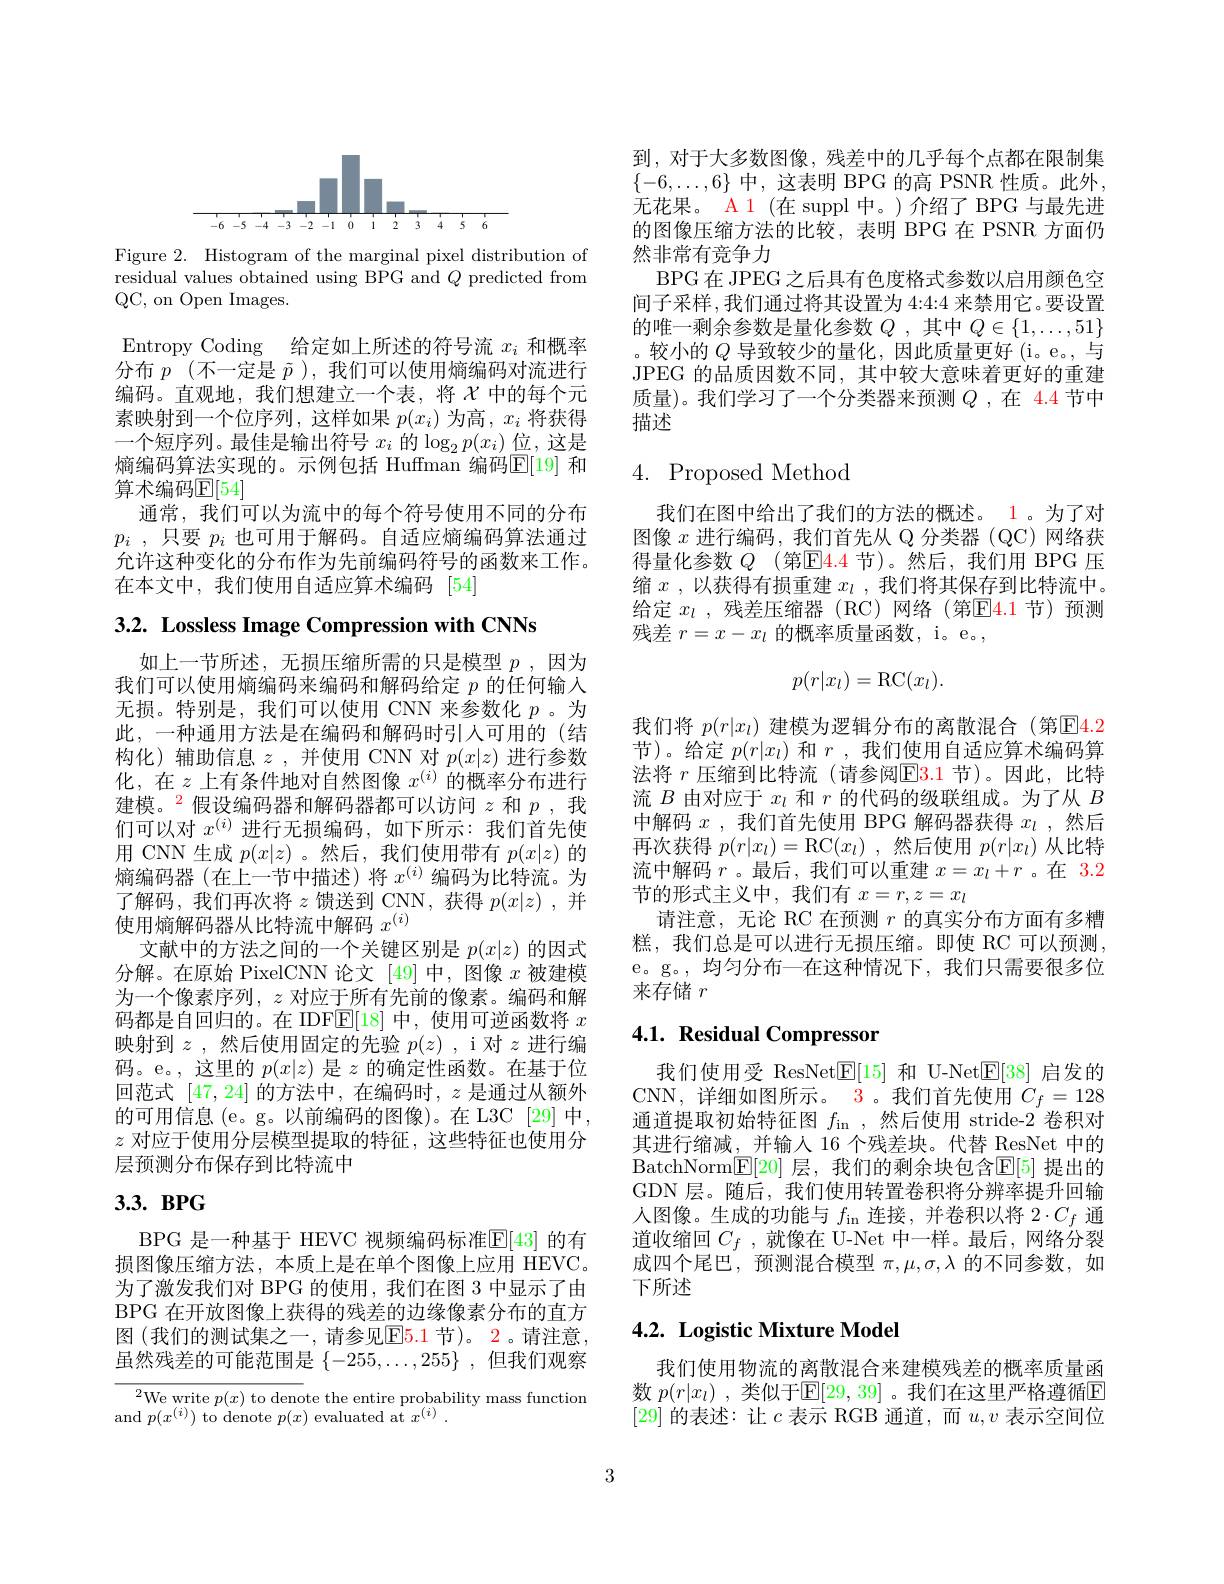
<FigureHere>

Figure 2. Histogram of the marginal pixel distribution of $\bar{\text{residual values obtained using BPG and}Q}$ predicted from QC, on Open Images.

Entropy Coding 给定如上所述的符号流$x_i$和概率分布$p$ (不一定是$\tilde{p}$ ),我们可以使用熵编码对流进行编码。直观地，我们想建立一个表，将$\chi$中的每个元素映射到一个位序列，这样如果$p(x_i)$为高，$x_i$将获得一个短序列。最佳是输出符号$x_i$的$\log_2p(x_i)$位，这是熵编码算法实现的。示例包括 Huffman 编码$\mathbb{E}[19]$ 和算术编码$\mathbb{E}[54]$
通常，我们可以为流中的每个符号使用不同的分布$p_i$ , 只要 $p_i$ 也可用于解码。自适应熵编码算法通过允许这种变化的分布作为先前编码符号的函数来工作。在本文中，我们使用自适应算术编码[54]

3.2. Lossless Image Compression with CNNs

如上一节所述，无损压缩所需的只是模型$p$ ,因为我们可以使用熵编码来编码和解码给定$p$的任何输入无损。特别是，我们可以使用 CNN 来参数化$p$。为此，一种通用方法是在编码和解码时引入可用的(结构化)辅助信息$z$ ,并使用 CNN 对$p(x|z)$进行参数化，在$z$上有条件地对自然图像$x^{(i)}$的概率分布进行建模。$^{2}$假设编码器和解码器都可以访问$z$和$p$ ,我们可以对$x^(i)$进行无损编码，如下所示：我们首先使用 CNN 生成$p(x|z)$ 。然后，我们使用带有$p(x|z)$的熵编码器(在上一节中描述)将$x^(i)$编码为比特流。为了解码，我们再次将$z$馈送到 CNN,获得$p(x|z)$ ,并使用熵解码器从比特流中解码$x^{(i)}$
文献中的方法之间的一个关键区别是$p(x|z)$的因式分解。在原始 PixelCNN 论文[49]中，图像$x$被建模为一个像素序列，$z$对应于所有先前的像素。编码和解码都是自回归的。在 IDF$\overline{\mathbb{E}}[18]$中，使用可逆函数将$x$ 映射到$z$ ,然后使用固定的先验$p(z)$ ,i 对$z$进行编码。e。,这里的$p(x|z)$是$z$的确定性函数。在基于位回范式[47,24]的方法中，在编码时，$z$是通过从额外的可用信息 (e。g。以前编码的图像)。在 L3C [29] 中， $z$对应于使用分层模型提取的特征，这些特征也使用分层预测分布保存到比特流中

# $3. 3. \textbf{ BPG}$

BPG 是一种基于 HEVC 视频编码标准$\boxed{\mathrm{F}}[43]$ 的有损图像压缩方法，本质上是在单个图像上应用 HEVC。为了激发我们对 BPG 的使用，我们在图 3 中显示了由BPG 在开放图像上获得的残差的边缘像素分布的直方图 (我们的测试集之一，请参见E$\color{red} \color{red} 5. 1$节)。2。请注意， 虽然残差的可能范围是$\{-255,\ldots,255\}$ ,但我们观察

${\sqrt{^2\text{We write }p(x)\text{ to deno}}\text{te the entire probability mass function}}$
and $p(x^{(i)})$ to denote $p(x)$ evaluated at $x^(i).$

到，对于大多数图像，残差中的几乎每个点都在限制集$\{-6,\ldots,6\}$中，这表明 BPG 的高 PSNR 性质。此外， 无花果。A 1 (在 suppl 中。)介绍了 BPG 与最先进的图像压缩方法的比较，表明 BPG 在 PSNR 方面仍然非常有竞争力
BPG 在 JPEG 之后具有色度格式参数以启用颜色空间子采样 ,我们通过将其设置为 4:4:4 来禁用它。要设置的唯一剩余参数是量化参数$Q$ ,其中 $Q\in\{1,\ldots,51\}$ 。较小的$Q$导致较少的量化，因此质量更好 (i。e。,与JPEG 的品质因数不同，其中较大意味着更好的重建质量)。我们学习了一个分类器来预测$Q$ ,在 4.4 节中描述

# 4. Proposed Method

我们在图中给出了我们的方法的概述。1。为了对图像$x$进行编码，我们首先从 Q 分类器(QC)网络获得量化参数 $Q$ (第E$\color{red} 4. 4$ 节)。然后，我们用 BPG 压缩$x$ ,以获得有损重建$x_l$ ,我们将其保存到比特流中。给定 $x_l$ ,残差压缩器 (RC)网络(第$\mathbb{E}\color{red}\color{red}{4.1}$节)预测残差$r=x-x_l$的概率质量函数，i。e。,
$$p(r|x_l)=\mathrm{RC}(x_l).$$
我们将$p(r|x_l)$建模为逻辑分布的离散混合 (第☑4.2节)。给定$p(r|x_l)$和$r$ ,我们使用自适应算术编码算法将 $r$ 压缩到比特流(请参阅$\color{red}{\mathrm{E3.1~节)。因此，比特}}$ 流$B$由对应于$x_l$和$r$的代码的级联组成。为了从$B$ 中解码$x$ ,我们首先使用 BPG 解码器获得$x_l$ ,然后再次获得$p(r|x_l)=$RC$(x_l)$ ,然后使用$p(r|x_l)$从比特流中解码$r$ 。最后，我们可以重建$x=x_l+r$ 。在 3.2节的形式主义中，我们有$x=r,z=x_l$
请注意，无论 RC 在预测$r$的真实分布方面有多糟糕，我们总是可以进行无损压缩。即使 RC 可以预测， e。g。,均匀分布一在这种情况下，我们只需要很多位来存储$r$

# 4.1. Residual Compressor

我们使用受 ResNet$\underline{\mathrm{E}}[15]$和 U-Net$\underline{\mathrm{E}}[38]$启发的CNN, 详细如图所示。$\color{red}{3}$。我们首先使用$C_f=128$ 通道提取初始特征图$f_\mathrm{in}$ ,然后使用 stride-2 卷积对其进行缩减\_并输入 16 个残差块。代替 ResNet 中的BatchNorm$[ \mathbb{E} [ 20]$ 层，我们的剩余块包含$\mathbb{E}[5]$ 提出的GDN 层。随后，我们使用转置卷积将分辨率提升回输人图像。生成的功能与$f_\mathrm{in}$连接，并卷积以将 2$\cdot C_f$通道收缩回$C_f$ ,就像在 U-Net 中一样。最后，网络分裂成四个尾巴，预测混合模型$\pi,\mu,\sigma,\lambda$的不同参数，如下所述

# 4.2. Logistic Mixture Model

我们使用物流的离散混合来建模残差的概率质量函数 $p(r|x_l)$ ,类似于$\mathbb{E}[29,39]$ 。我们在这里严格遵循$\mathbb{E}$ [29]的表述：让$c$表示 RGB 通道，而$u,v$表示空间位

3